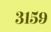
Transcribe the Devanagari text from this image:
३१५९